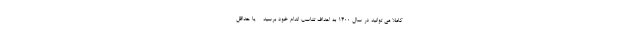
کاملاً می توانید در سال 1400 به اهداف تناسب اندام خود برسید - یا حداقل